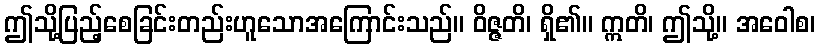
ဤသို့ပြည့်စေခြင်းတည်းဟူသောအကြောင်းသည်။ ဝိဇ္ဇတိ၊ ရှိ၏။ ဣတိ၊ ဤသို့။ အဝေါစ၊